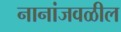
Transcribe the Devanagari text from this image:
नानांजवळील